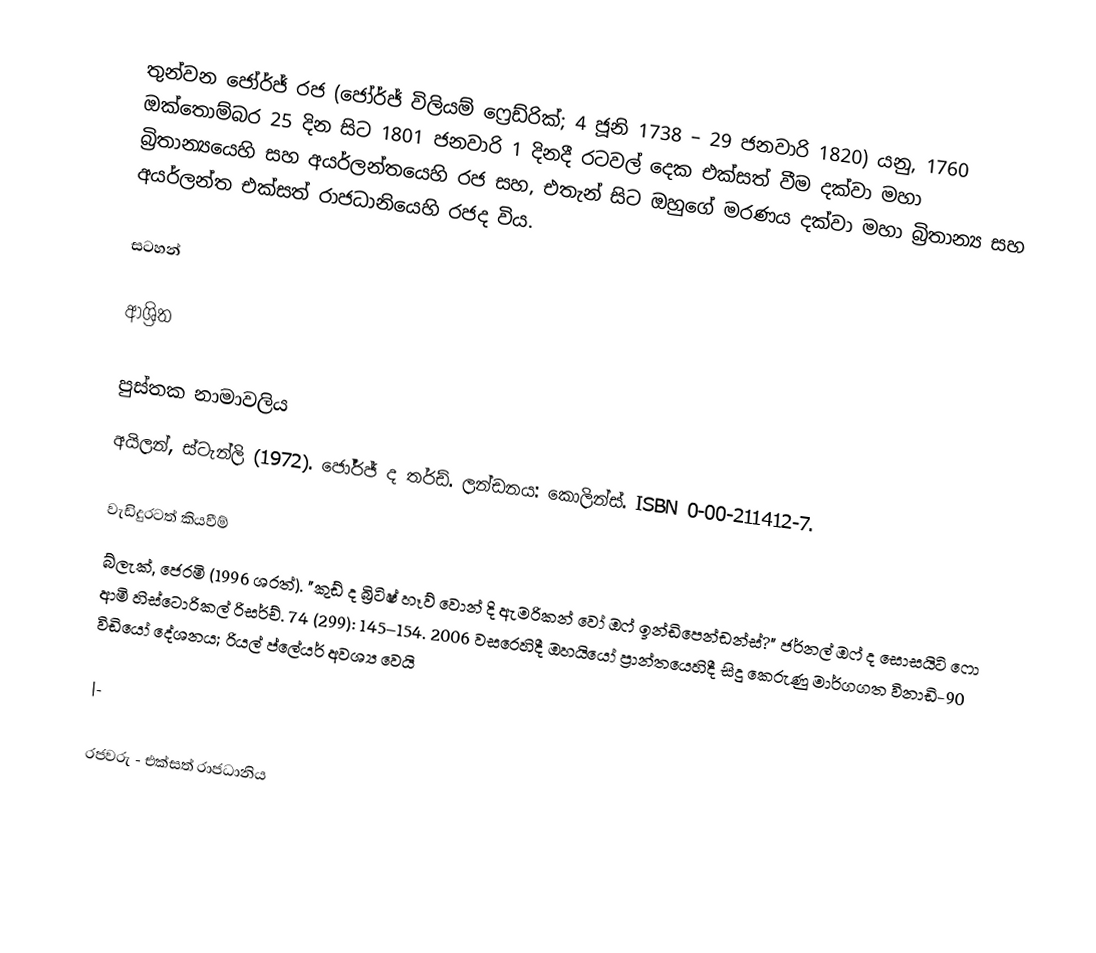
තුන්වන ජෝර්ජ් රජ (ජෝර්ජ් විලියම් ෆ්‍රෙඩ්රික්; 4 ජූනි 1738 – 29 ජනවාරි 1820) යනු, 1760 ඔක්තොම්බර 25 දින සිට 1801 ජනවාරි 1 දිනදී රටවල් දෙක එක්සත් වීම දක්වා  මහා බ්‍රිතාන්‍යයෙහි සහ අයර්ලන්තයෙහි රජ සහ, එතැන් සිට ඔහුගේ මරණය දක්වා   මහා බ්‍රිතාන්‍ය සහ අයර්ලන්ත එක්සත් රාජධානියෙහි රජද විය.

සටහන්

ආශ්‍රිත

පුස්තක නාමාවලිය
 අයිලන්, ස්ටැන්ලි (1972). ජෝර්ජ් ද තර්ඩ්. ලන්ඩනය: කොලින්ස්. ISBN 0-00-211412-7.

වැඩිදුරටත් කියවීම්
 බ්ලැක්, ජෙරමි (1996 ශරත්). "කුඩ් ද බ්‍රිටිෂ් හෑව් වොන් දි ඇමරිකන් වෝ ඔෆ් ඉන්ඩිපෙන්ඩන්ස්?" ජර්නල් ඔෆ් ද සොසයිටි ෆො ආමි හිස්ටොරිකල් රිසර්ච්. 74 (299): 145–154. 2006 වසරෙහිදී ඔහයියෝ ප්‍රාන්තයෙහිදී සිදු කෙරුණු  මාර්ගගත විනාඩි-90 විඩියෝ දේශනය; රියල් ප්ලේයර් අවශ්‍ය වෙයි

|-

රජවරු - එක්සත් රාජධානිය